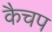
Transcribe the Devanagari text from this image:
कैचप